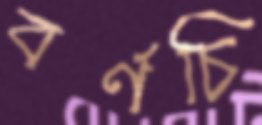
বর্ণচি